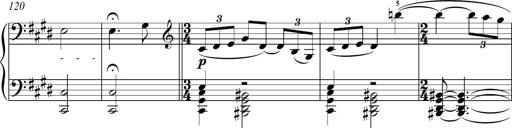
Title: Funeral March and Sonatina
Composer: Thomas Hellemans
Key: C-sharp minor